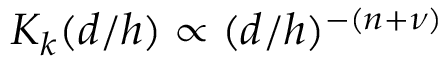
K _ { k } ( d / h ) \propto ( d / h ) ^ { - ( n + \nu ) }